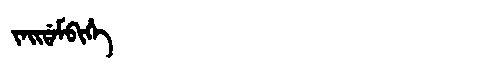
Manchu: ᠵᠠᡳᡩᠠᠮᠪᡳᡥᡝ
Romanization: JAIDAMBIHE